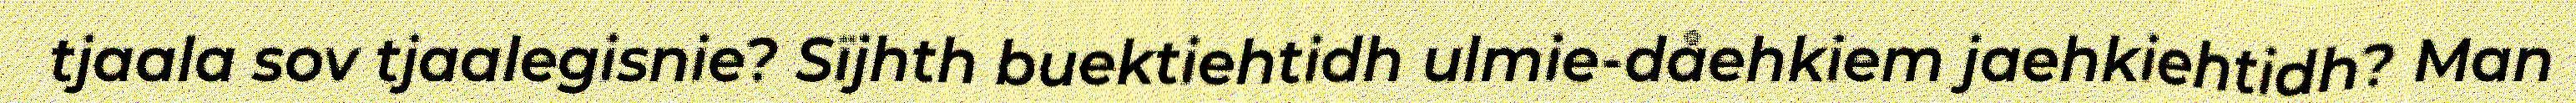
tjaala sov tjaalegisnie? Sïjhth buektiehtidh ulmie-dåehkiem jaehkiehtidh? Man